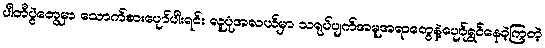
ပါတီပွဲတွေမှာ သောက်စားပျော်ပါးရင်း လူပုံအလယ်မှာ သရုပ်ပျက်အမူအရာတွေနဲ့ပျော်ရွှင်နေခဲ့ကြတဲ့